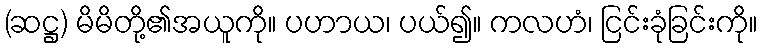
(ဆဋ္ဌ) မိမိတို့၏အယူကို။ ပဟာယ၊ ပယ်၍။ ကလဟံ၊ ငြင်းခုံခြင်းကို။